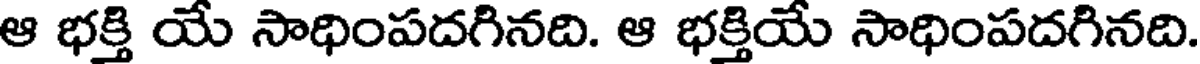
ఆ భక్తి యే సాధింపదగినది. ఆ భక్తియే సాధింపదగినది.